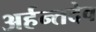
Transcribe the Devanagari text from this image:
अर्हन्तदेव